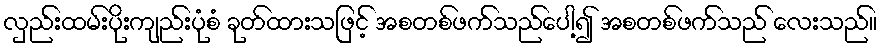
လှည်းထမ်းပိုးကျည်းပုံစံ ခုတ်ထားသဖြင့် အစတစ်ဖက်သည်ပေါ့၍ အစတစ်ဖက်သည် လေးသည်။